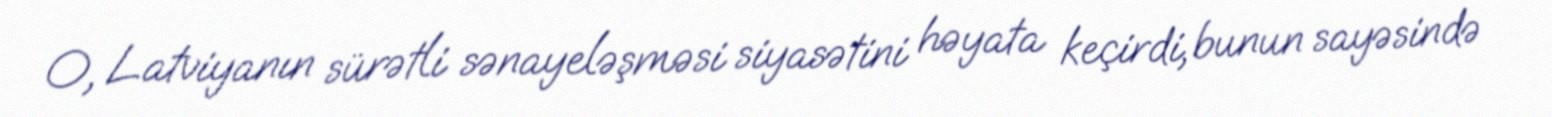
O, Latviyanın sürətli sənayeləşməsi siyasətini həyata keçirdi, bunun sayəsində